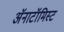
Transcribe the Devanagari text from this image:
अॅनाटॉमिस्ट